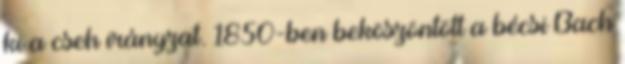
ki a cseh irányzat. 1850-ben beköszöntött a bécsi Bach